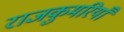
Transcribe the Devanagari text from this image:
राजकुमरियाँ